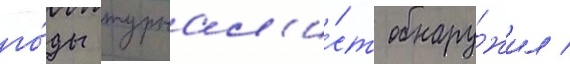
го́ды журнал'и́ст обнару́жил /